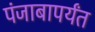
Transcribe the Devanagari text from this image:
पंजाबापर्यंत